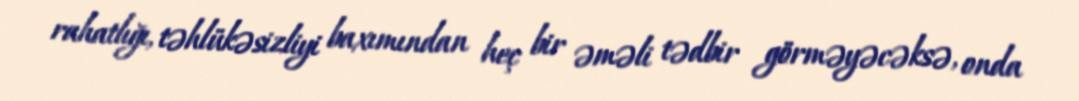
rahatlığı, təhlükəsizliyi baxımından heç bir əməli tədbir görməyəcəksə, onda